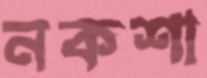
নকশা